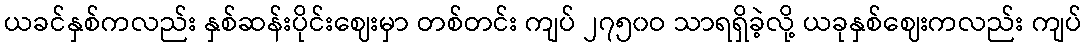
ယခင်နှစ်ကလည်း နှစ်ဆန်းပိုင်းဈေးမှာ တစ်တင်း ကျပ် ၂၇၅၀ဝ သာရရှိခဲ့လို့ ယခုနှစ်ဈေးကလည်း ကျပ်